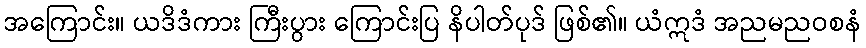
အကြောင်း။ ယဒိဒံကား ကြီးပွား ကြောင်းပြ နိပါတ်ပုဒ် ဖြစ်၏။ ယံဣဒံ အညမညဝစနံ